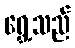
ရွှေ့သည်